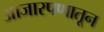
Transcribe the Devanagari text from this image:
आजारपणातून